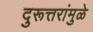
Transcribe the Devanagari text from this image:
दुरूत्तरांमुळे